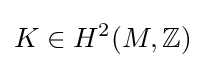
K\in H^{2}(M,\mathbb {Z} )